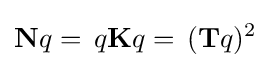
\mathbf {N} q=\,q\mathbf {K} q=\,(\mathbf {T} q)^{2}